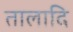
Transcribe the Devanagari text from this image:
तालादि